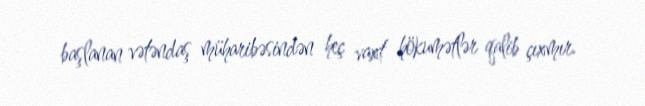
başlanan vətəndaş müharibəsindən heç vaxt hökumətlər qalib çıxmır.